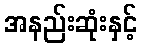
အနည်းဆုံးနှင့်